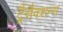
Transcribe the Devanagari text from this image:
ट्रैंसैक्शन्स